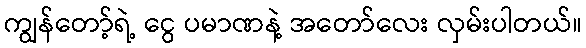
ကျွန်တော့်ရဲ့ ငွေ ပမာဏနဲ့ အတော်လေး လှမ်းပါတယ်။